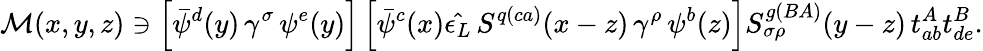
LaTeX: {\cal M}(x,y,z)\ni\left[\bar{\psi}^{d}(y)\, \gamma^{\sigma}\, \psi^{e}(y)\right]\left[\bar{\psi}^{c}(x)\hat{\epsilon_{L}}\, S^{q(ca)}(x-z)\, \gamma^{\rho}\, \psi^{b}(z)\right]S_{\sigma\rho}^{g(BA)}(y-z)\, t_{ab}^{A}t_{de}^{B}.